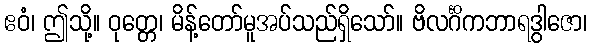
ဧဝံ၊ ဤသို့။ ဝုတ္တေ၊ မိန့်တော်မူအပ်သည်ရှိသော်။ ဗိလင်္ဂိကဘာရဒွါဇော၊